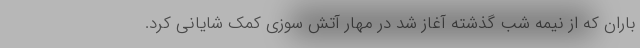
باران که از نیمه شب گذشته آغاز شد در مهار آتش سوزی کمک شایانی کرد.